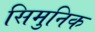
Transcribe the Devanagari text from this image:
सिमुनिक